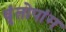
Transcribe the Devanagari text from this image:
वृंतोपांग